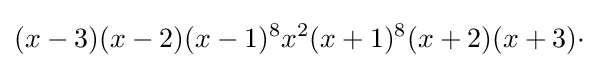
(x-3)(x-2)(x-1)^{8}x^{2}(x+1)^{8}(x+2)(x+3)\cdot